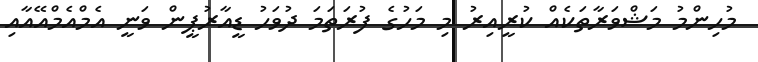
މުހިންމު މަޝްވަރާތަކެއް ކުރީއިރު މި މަހުގެ ފުރަތަމަ ދުވަހު ޑީއާރުޕީން ވަނީ އެމްއެމްއޭއާއި